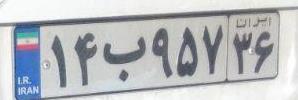
۱۴ب۹۵۷۳۶